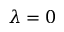
\lambda = 0